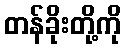
တန်ခိုးတို့ကို